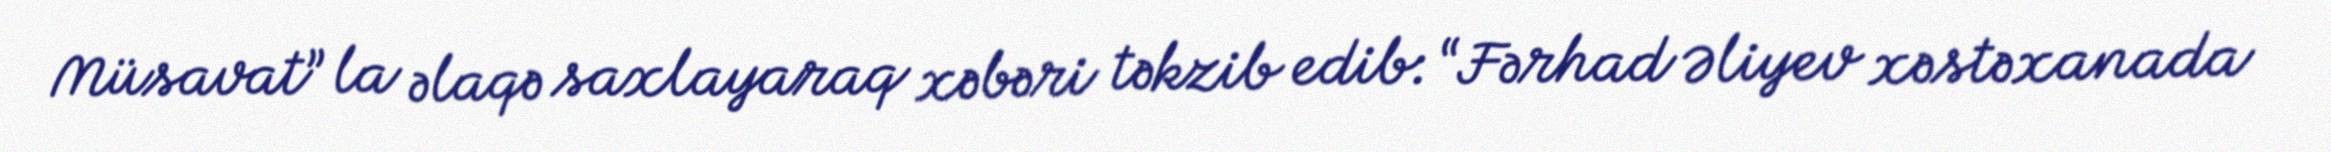
Müsavat” la əlaqə saxlayaraq xəbəri təkzib edib: “Fərhad Əliyev xəstəxanada